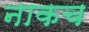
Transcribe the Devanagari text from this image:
नाकच